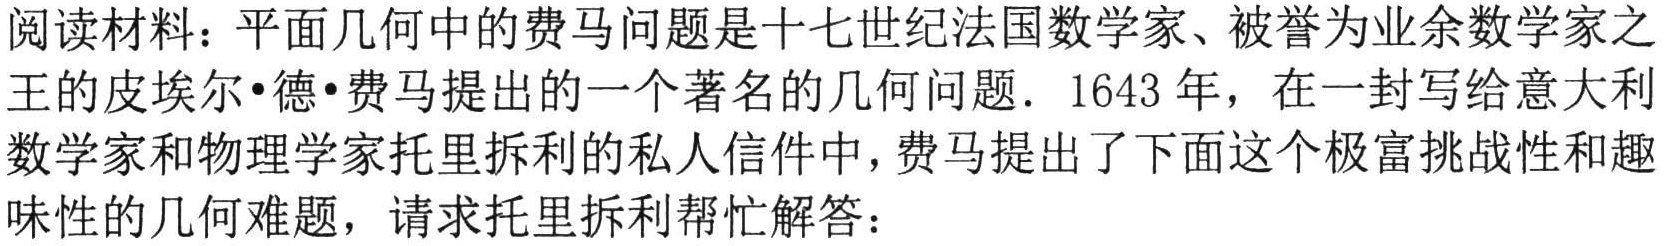
阅读材料：平面几何中的费马问题是十七世纪法国数学家、被誉为业余数学家之王的皮埃尔•德•费马提出的一个著名的几何问题. 1643 年，在一封写给意大利数学家和物理学家托里拆利的私人信件中，费马提出了下面这个极富挑战性和趣味性的几何难题，请求托里拆利帮忙解答：